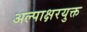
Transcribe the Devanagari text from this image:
अल्पाक्षरयुक्त